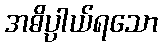
အဓိပ္ပါယ်ရသော